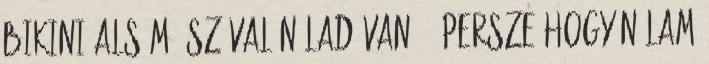
bikini alsóm. Szóval nálad van? - Persze hogy nálam